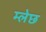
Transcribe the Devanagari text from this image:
म्लेछ